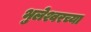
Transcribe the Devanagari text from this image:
भुलेश्वरच्या